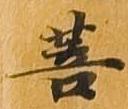
菩